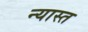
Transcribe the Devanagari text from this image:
न्यास्त